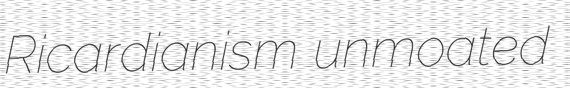
Ricardianism unmoated